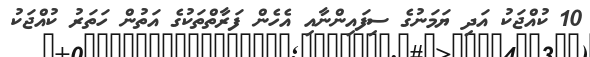
10 ކުއްޖަކު އަދި ޔަމަނުގެ ސިފައިންނާއި އެހެން ފަރާތްތަކުގެ އަތުން ހަތަރު ކުއްޖަކު